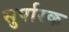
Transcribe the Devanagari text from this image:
सुर्पारक